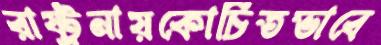
রাষ্ট্রনায়কোচিতভাবে